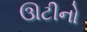
ઊટીનો